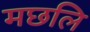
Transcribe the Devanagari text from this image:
मछलि